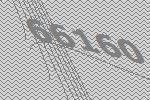
66160